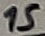
Text: 15